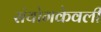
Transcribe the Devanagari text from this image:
संयोगकेवली